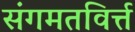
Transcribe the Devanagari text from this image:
संगमतविर्त्त